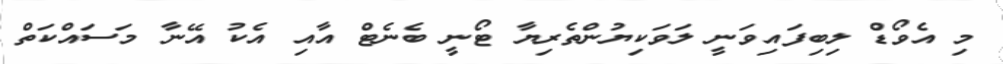
މި އެވޯޑް ލިބިފައިވަނީ ލަވަކިޔުންތެރިޔާ ޓޯނީ ބެނެޓް އާއި އެކު އޭނާ މަސައްކަތް